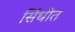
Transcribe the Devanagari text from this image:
सिंधीत